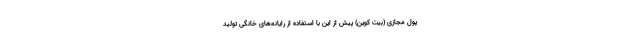
پول مجازی (بیت کوین) پیش از این با استفاده از رایانه‌های خانگی تولید